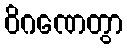
ဝိဂဏေတွာ